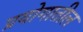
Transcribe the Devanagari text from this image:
प्रयोगातील